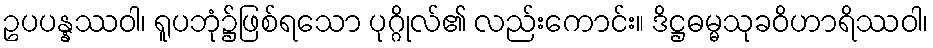
ဥပပန္နဿဝါ၊ ရူပဘုံ၌ဖြစ်ရသော ပုဂ္ဂိုလ်၏ လည်းကောင်း။ ဒိဋ္ဌဓမ္မသုခဝိဟာရိဿဝါ၊